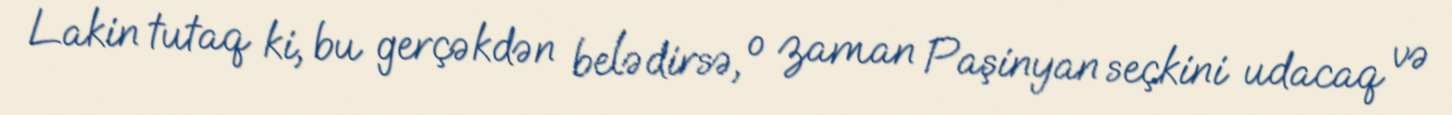
Lakin tutaq ki, bu gerçəkdən belədirsə, o zaman Paşinyan seçkini udacaq və